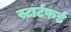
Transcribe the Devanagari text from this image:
स्टार्टफर्ड